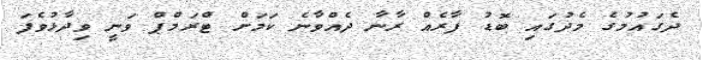
ދެގައުމުގެ މެދުގައި ބޮޑު ފާރެއް ރާނާ ދެއްވާނެ ކަމަށް ޓްރަމްޕް ވަނީ ވިދާޅުވެފަ